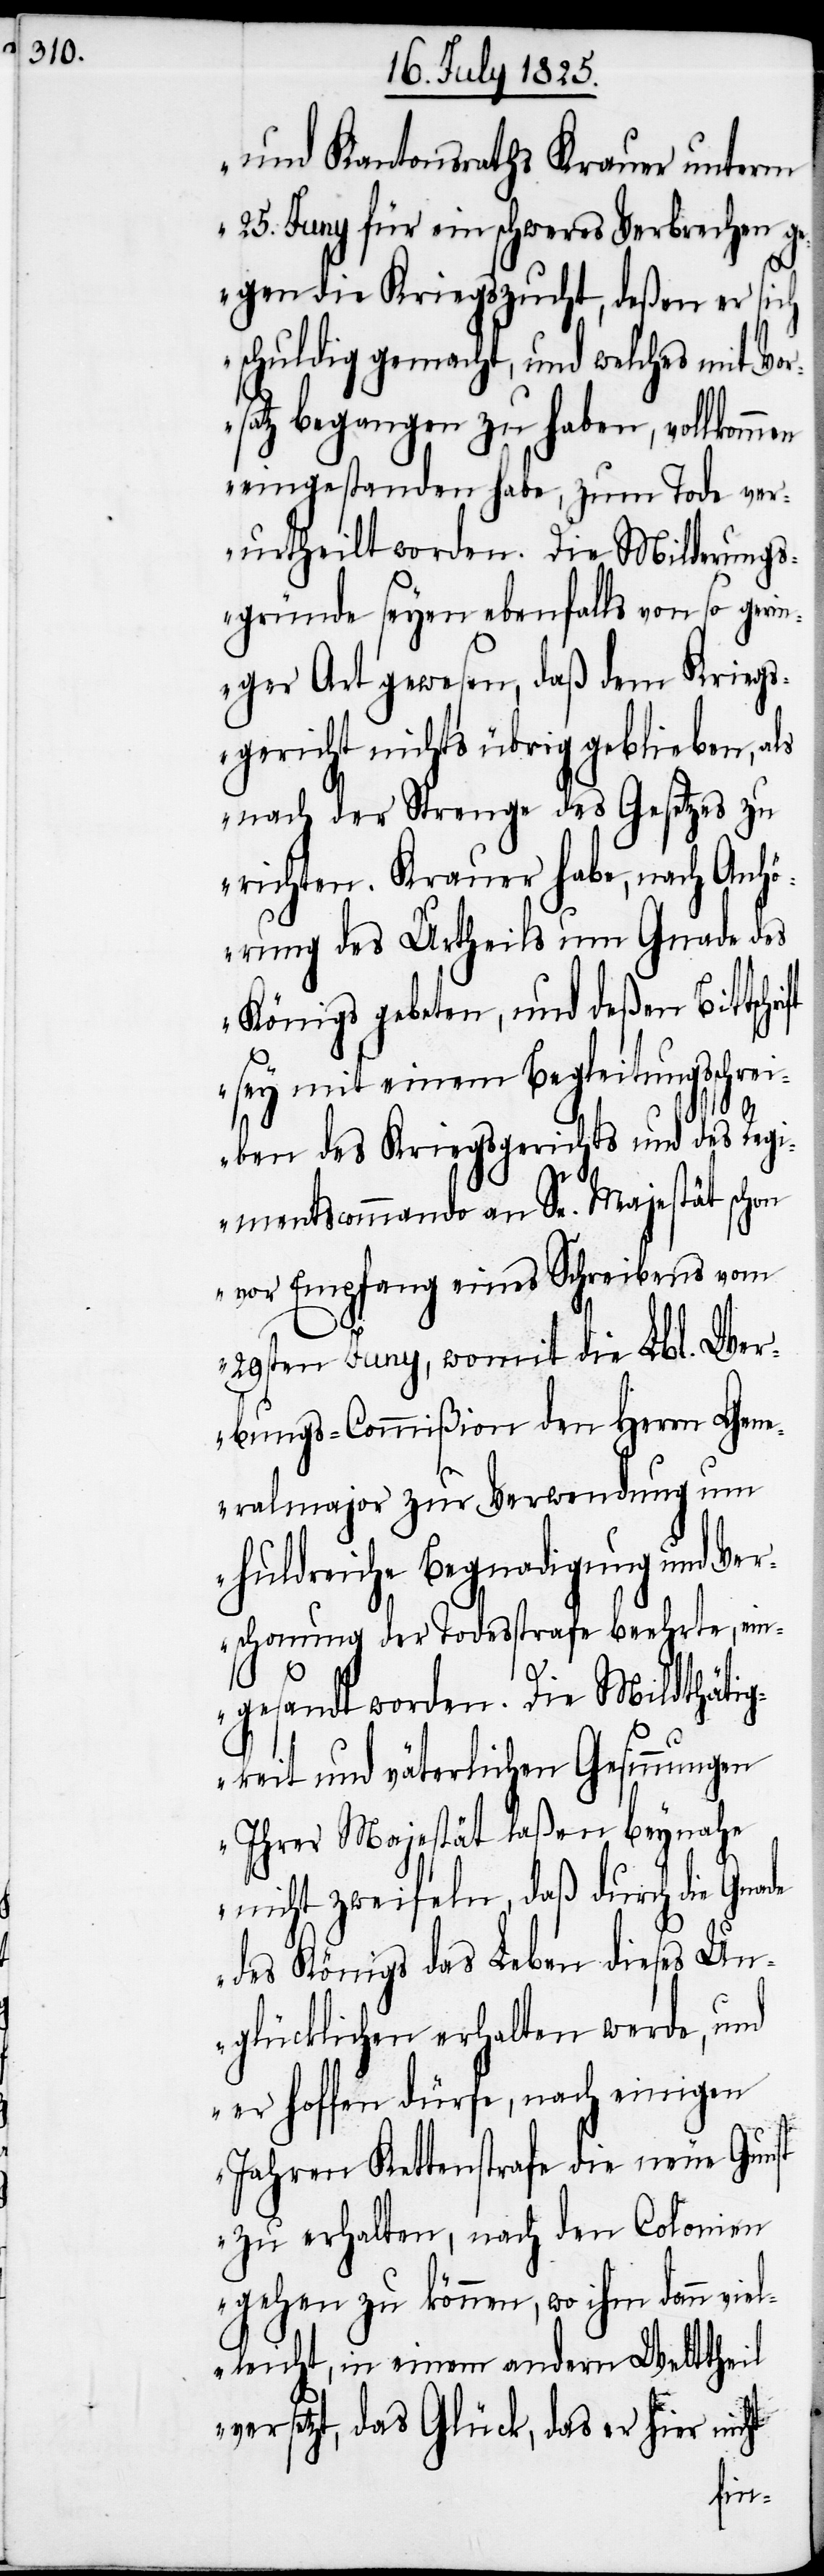
und Kantonsraths Krauer unterm
25. Juny für ein schweres Verbrechen g¬
egen die Kriegszucht, deßen er sich
schuldig gemacht, und welches mit Vo¬
satz begangen zu haben, vollkomm¬
en eingestanden habe, zum Tode ve¬
rurtheilt worden. Die Milderungs¬
gründe seyen ebenfalls von so geri¬
nger Art gewesen, daß dem Krieg¬
sgericht nichts übrig geblieben, als
nach der Strenge des Gesetzes zu
richten. Krauer habe, nach Anhö¬
rung des Urtheils um Gnade
Königs gebeten, und deßen Bittsch¬
sey mit einem Begleitungsschr¬
eiben des Kriegsgerichts und des Regi¬
mentscommando an Se. Majestät sch¬
vor Empfang eines Schreibens vom
29sten Juny, womit die Lbl. Wer¬
bungs-Commißion den Herrn Gen¬
eralmajor zur Verwendung um
huldreiche Begnadigung und Ve¬
rschonung der Todesstrafe beehrte, ein¬
gesandt worden. Die Mildthäti¬
gkeit und väterlichen Gesinnungen
Ihrer Majestät laßen beynahe
nicht zweifeln, daß durch die Gna¬
des Königs das Leben dieses Un¬
glücklichen erhalten werde, und
er hoffen dürfe, nach einigen
Jahren Kettenstrafe die neue Gunst
zu erhalten, nach den Colonien
gehen zu können, wo ihm dann viel¬
leicht, in einem andern Welttheil
versetzt, das Glück, das er hier nicht
de